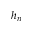
h _ { n }